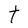
Character: t